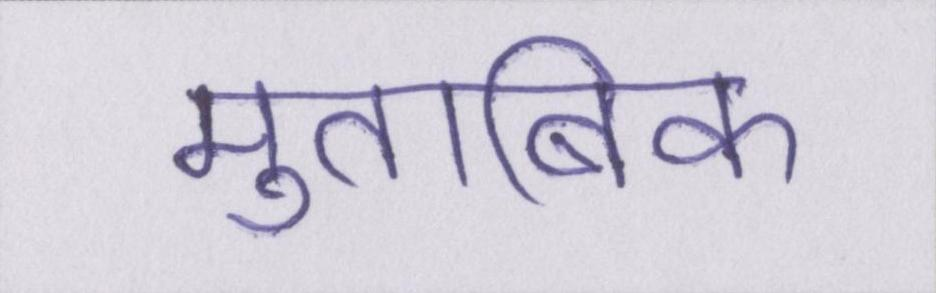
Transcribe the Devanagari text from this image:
मुताबिक